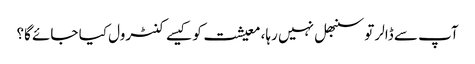
آپ سے ڈالر تو سنبھل نہیں رہا، معیشت کو کیسے کنٹرول کیا جائے گا؟